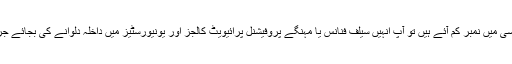
اگر آپکے بیٹے یا بیٹی کے ایف ایس سی میں نمبر کم آئے ہیں تو آپ انہیں سیلف فنانس یا مہنگے پروفیشنل پرائیویٹ کالجز اور یونیورسٹیز میں داخلہ دلوانے کی بجائے جرمنی بھیجنے کی تیاری شروع کریں۔